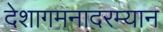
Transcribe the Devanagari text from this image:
देशागमनादरम्यान